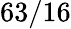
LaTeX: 63/16